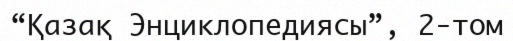
“Қазақ Энциклопедиясы”, 2-том